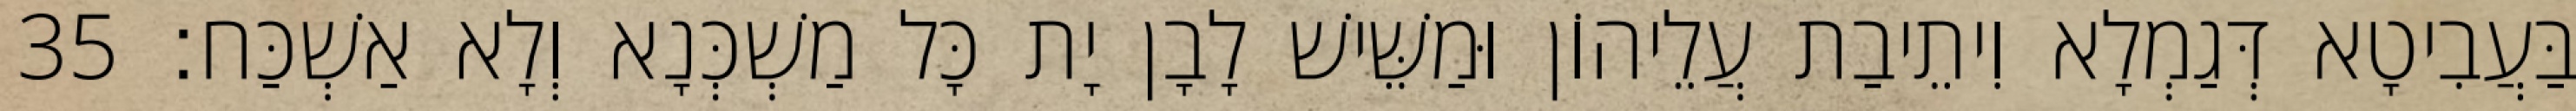
בַּעֲבִיטָא דְּגַמְלָא וִיתֵיבַת עֲלֵיהוֹן וּמַשֵּׁישׁ לָבָן יָת כָּל מַשְׁכְּנָא וְלָא אַשְׁכַּח׃ 35